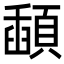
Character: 𩔓